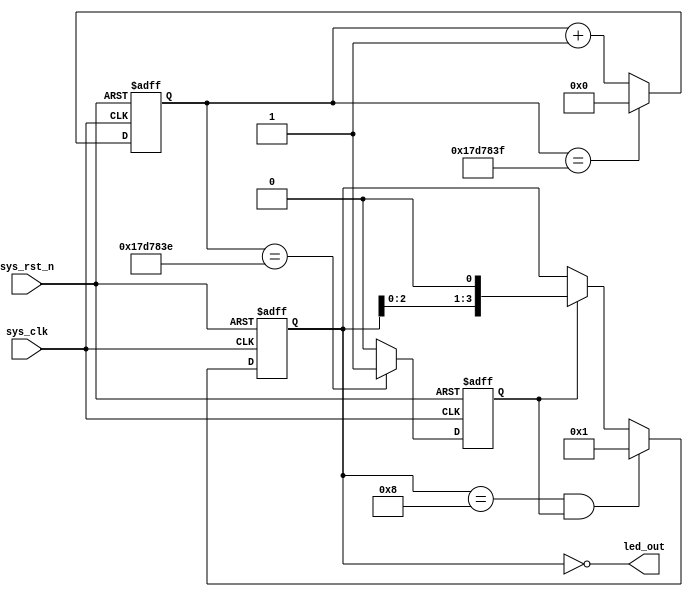
`timescale  1ns/1ns
////////////////////////////////////////////////////////////////////////
// Module Name   : water_led
// Project Name  : water_led
// Target Devices: Altera EP4CE10F17C8N
// Tool Versions : Quartus 13.0
// Description   : 
//
// Revision      : V1.0
// Additional Comments:
// 
// : _Pro_FPGA
//     : http://www.embedfire.com
//     : http://www.firebbs.cn
//     : https://fire-stm32.taobao.com
////////////////////////////////////////////////////////////////////////

module  water_led
#(
    parameter CNT_MAX = 25'd24_999_999
)
(
    input   wire            sys_clk     ,   //50Mh
    input   wire            sys_rst_n   ,  //

    output  wire    [3:0]   led_out        //led

);

//********************************************************************//
//****************** Parameter and Internal Signal *******************//
//********************************************************************//
//reg   define
reg     [24:0]  cnt         ;
reg             cnt_flag    ;
reg     [3:0]   led_out_reg ;

//********************************************************************//
//***************************** Main Code ****************************//
//********************************************************************//
//cnt:500ms
always@(posedge sys_clk or negedge sys_rst_n)
    if(sys_rst_n == 1'b0)
        cnt <= 25'b0;
    else    if(cnt == CNT_MAX)
        cnt <= 25'b0;
    else
        cnt <= cnt + 1'b1;

//cnt_flag:500ms
always@(posedge sys_clk or negedge sys_rst_n)
    if(sys_rst_n == 1'b0)
        cnt_flag <= 1'b0;
    else    if(cnt == CNT_MAX - 1)
        cnt_flag <= 1'b1;
    else
        cnt_flag <= 1'b0;

//led_out_reg:led
always@(posedge sys_clk or negedge sys_rst_n)
    if(sys_rst_n == 1'b0)
        led_out_reg <=  4'b0001;
    else    if(led_out_reg == 4'b1000 && cnt_flag == 1'b1)
        led_out_reg <=  4'b0001;
    else    if(cnt_flag == 1'b1)
        led_out_reg <=  led_out_reg << 1'b1; //

assign  led_out = ~led_out_reg;

endmodule